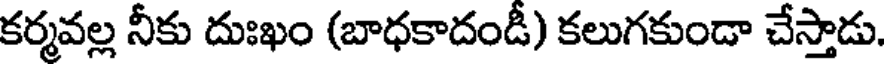
కర్మవల్ల నీకు దుఃఖం (బాధకాదండీ) కలుగకుండా చేస్తాడు.